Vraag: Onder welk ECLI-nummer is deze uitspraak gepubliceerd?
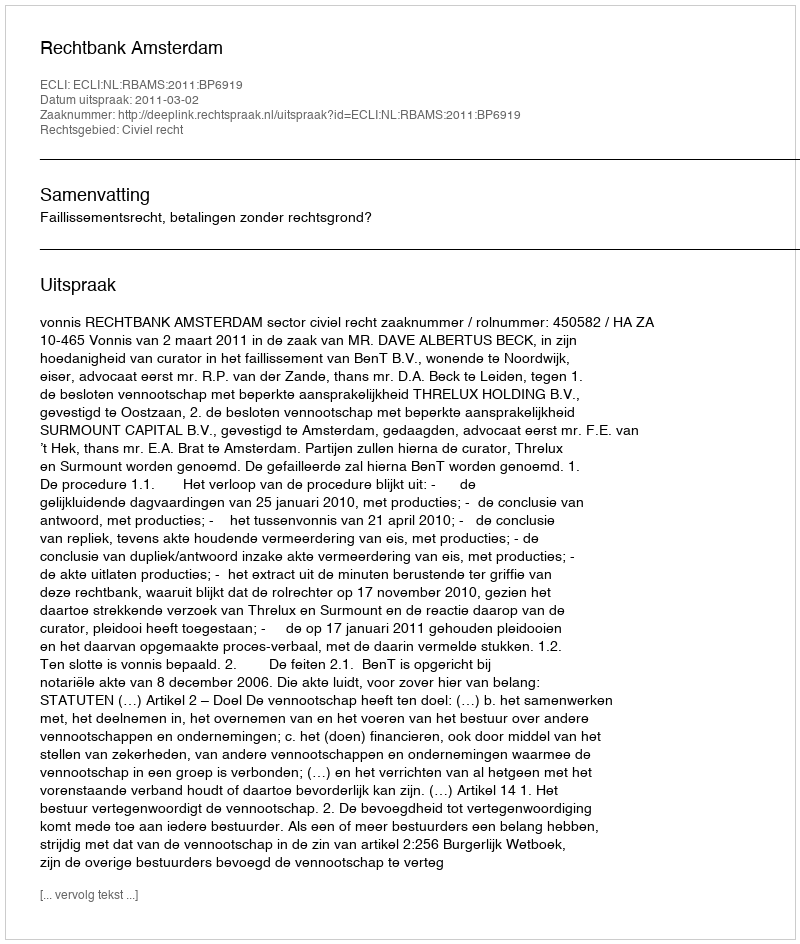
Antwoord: ECLI:NL:RBAMS:2011:BP6919